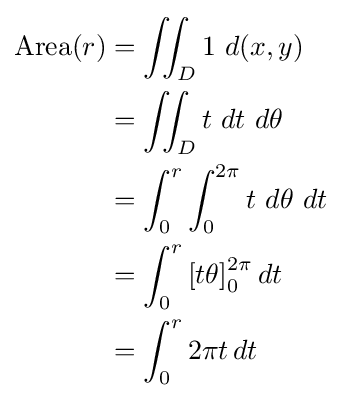
{\begin{aligned}\mathrm {Area} (r)&{}=\iint _{D}1\ d(x,y)\\&{}=\iint _{D}t\ dt\ d\theta \\&{}=\int _{0}^{r}\int _{0}^{2\pi }t\ d\theta \ dt\\&{}=\int _{0}^{r}\left[t\theta \right]_{0}^{2\pi }dt\\&{}=\int _{0}^{r}2\pi t\,dt\\\end{aligned}}